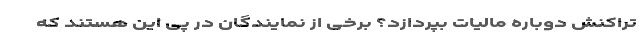
تراکنش دوباره مالیات بپردازد؟ برخی از نمایندگان در پی این هستند که